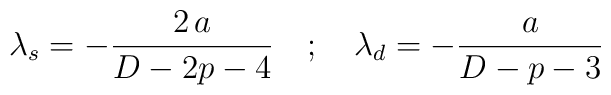
\lambda _s = -\frac{2 \, a}{D-2p-4} \quad ; \quad \lambda _d = -\frac{a}{D-p-3}